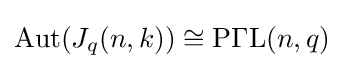
\operatorname {Aut} (J_{q}(n,k))\cong \operatorname {P\Gamma L} (n,q)